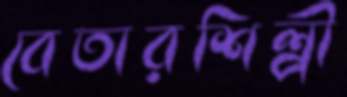
বেতারশিল্পী